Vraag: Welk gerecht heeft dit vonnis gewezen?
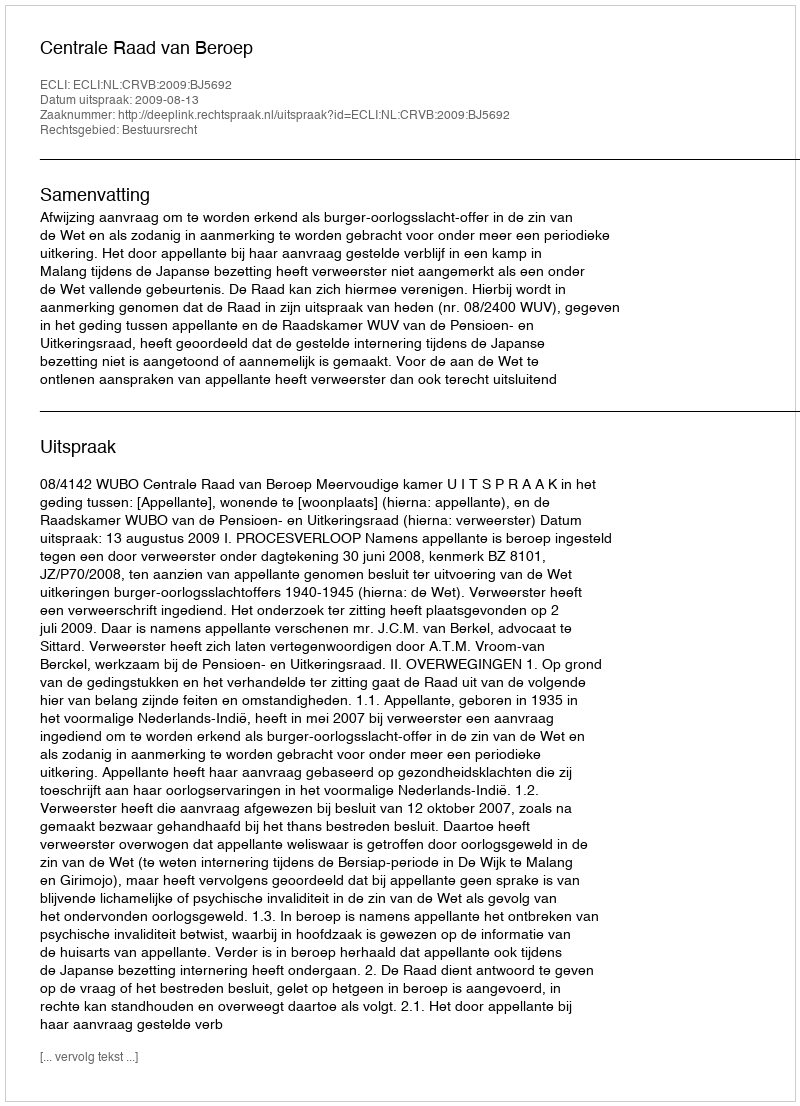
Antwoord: Centrale Raad van Beroep